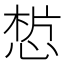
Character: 𢜣